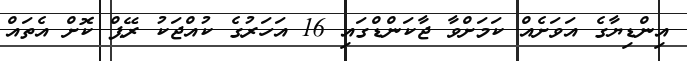
އިންޑިޔާގެ އަވަށެއް ކަމަށްވާ ޖާކަންޑްގައި 16 އަހަރުގެ ކުއްޖަކު ރޭޕް ކޮށް އެތައް